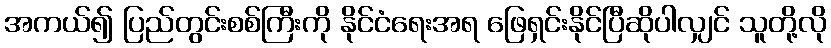
အကယ်၍ ပြည်တွင်းစစ်ကြီးကို နိုင်ငံရေးအရ ဖြေရှင်းနိုင်ပြီဆိုပါလျှင် သူတို့လို